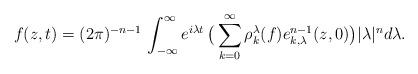
LaTeX: \begin{align*}f(z,t) = (2\pi)^{-n-1}\, \int_{-\infty}^\infty e^{i\lambda t}\, \big(\sum_{k=0}^\infty \rho_k^\lambda(f)e^{n-1}_{k,\lambda}(z,0) \big) |\lambda|^n d\lambda.\end{align*}